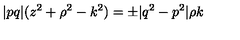
\vert p q \vert ( z ^ { 2 } + \rho ^ { 2 } - k ^ { 2 } ) = \pm \vert q ^ { 2 } - p ^ { 2 } \vert \rho k